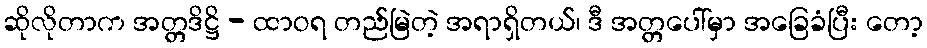
ဆိုလိုတာက အတ္တဒိဋ္ဌိ - ထာဝရ တည်မြဲတဲ့ အရာရှိတယ်၊ ဒီ အတ္တပေါ်မှာ အခြေခံပြီး တော့